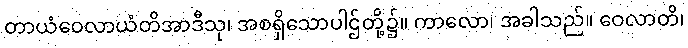
တာယံဝေလာယံတိအာဒီသု၊ အစရှိသောပါဌ်တို့၌။ ကာလော၊ အခါသည်။ ဝေလာတိ၊